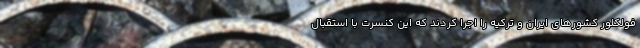
فولکلور کشورهای ایران و ترکیه را اجرا کردند که این کنسرت با استقبال